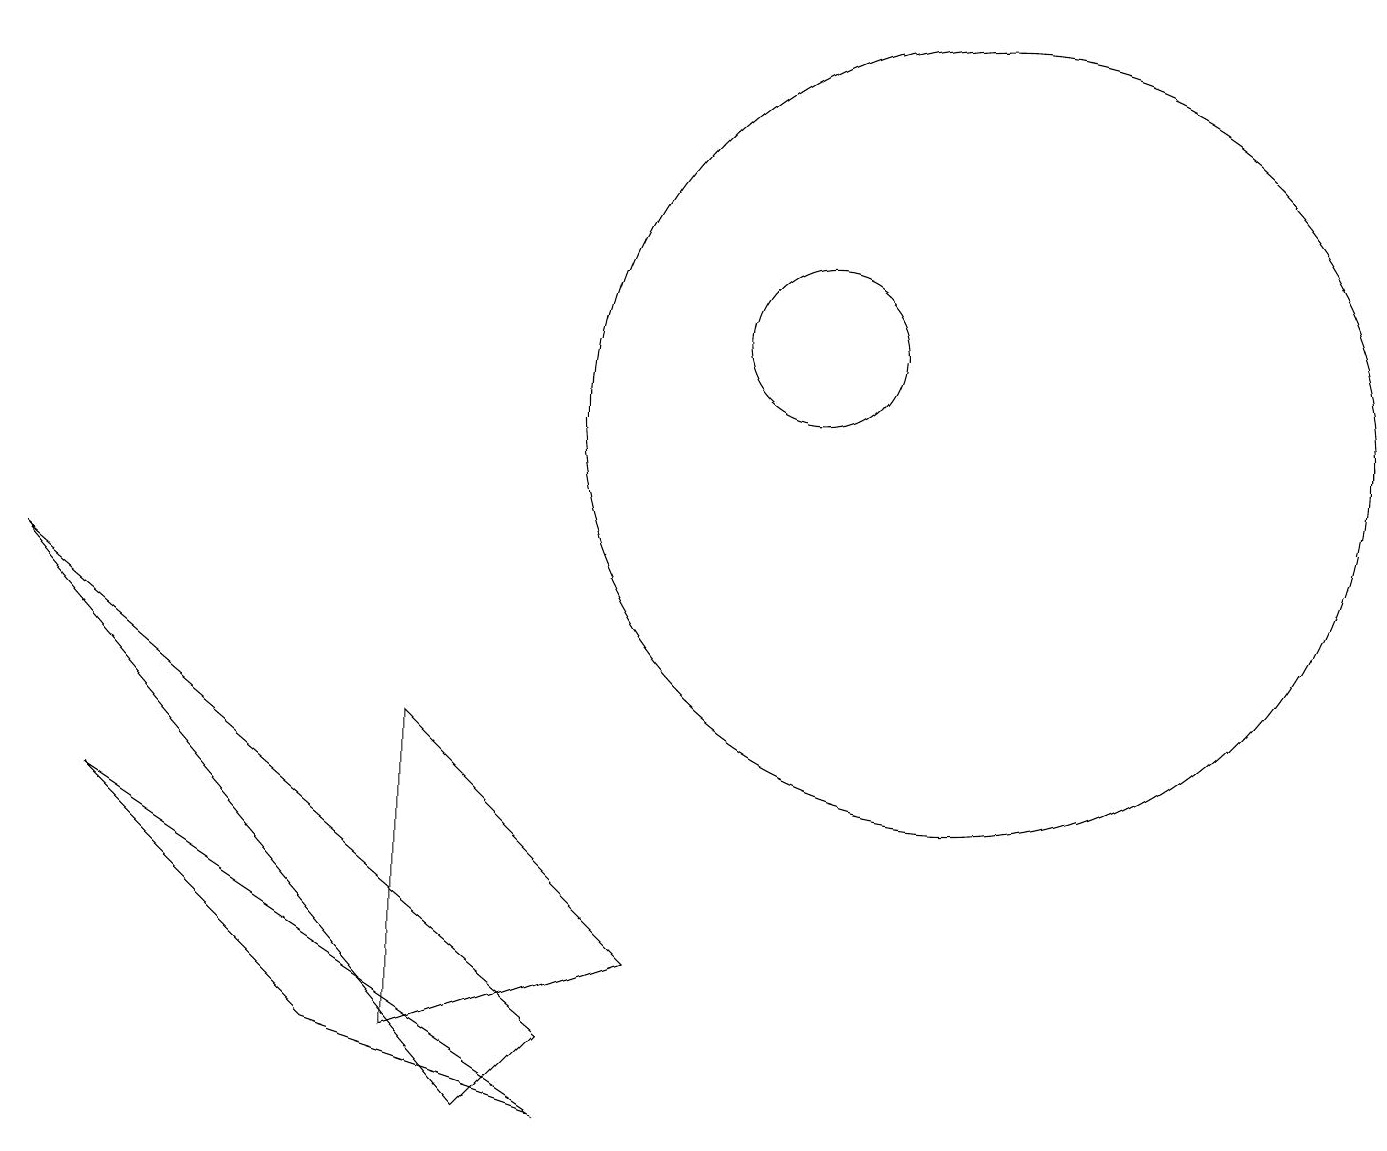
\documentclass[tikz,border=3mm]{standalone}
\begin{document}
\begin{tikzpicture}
\draw (12,11) circle (5);
\draw (10,12) circle (1);
\draw (6,2) -- (0,9) -- (7,3) -- cycle;
\draw (1,6) -- (4,3) -- (7,2) -- cycle;
\draw (5,3) -- (8,4) -- (5,7) -- cycle;
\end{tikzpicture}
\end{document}